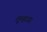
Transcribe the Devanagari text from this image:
लूमहाउस